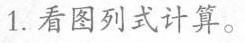
1.看图列式计算。